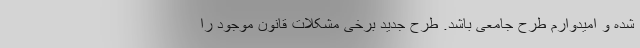
شده و امیدوارم طرح جامعی باشد. طرح جدید برخی مشکلات قانون موجود را